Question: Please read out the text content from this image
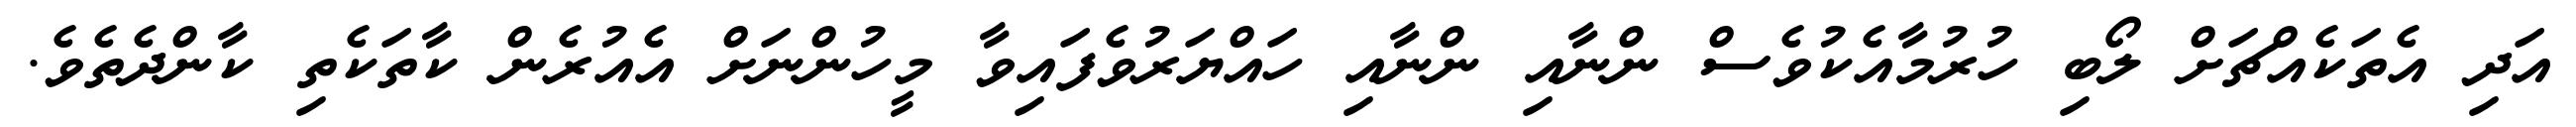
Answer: އަދި އެތަކެއްޗަށް ލޯބި ހުރުމާއެކުވެސް ންނާއި ންނާއި ހައްޔަރުވެފައިވާ މީހުންނަށް އެއުރެން ކާތަކެތި ކާންދެތެވެ.